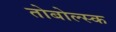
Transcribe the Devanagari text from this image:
तोबोल्स्क